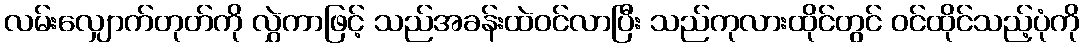
လမ်းလျှောက်တုတ်ကို လွှဲကာဖြင့် သည်အခန်းထဲဝင်လာပြီး သည်ကုလားထိုင်တွင် ဝင်ထိုင်သည့်ပုံကို